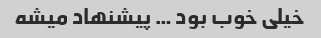
خیلی خوب بود … پیشنهاد میشه